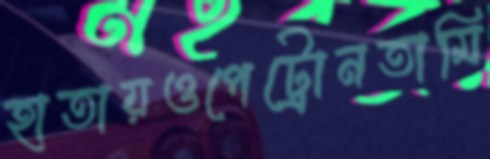
হাতায়ওপেট্রোনতামি